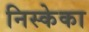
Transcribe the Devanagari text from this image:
निस्केका